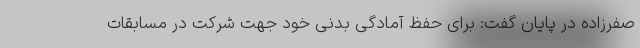
صفرزاده در پایان گفت: برای حفظ آمادگی بدنی خود جهت شرکت در مسابقات